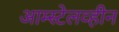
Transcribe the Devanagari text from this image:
आम्स्टेलव्हीन